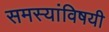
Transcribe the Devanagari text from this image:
समस्यांविषयी